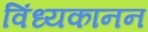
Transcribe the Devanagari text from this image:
विंध्यकानन